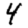
Digit: 4